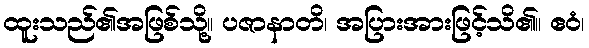
ထူးသည်၏အဖြစ်သို့။ ပဇာနာတိ၊ အပြားအားဖြင့်သိ၏။ ဧဝံ၊